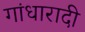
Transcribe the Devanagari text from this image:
गांधारादी